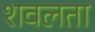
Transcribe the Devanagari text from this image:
शवलता